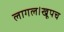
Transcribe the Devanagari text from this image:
लागल।खूपच